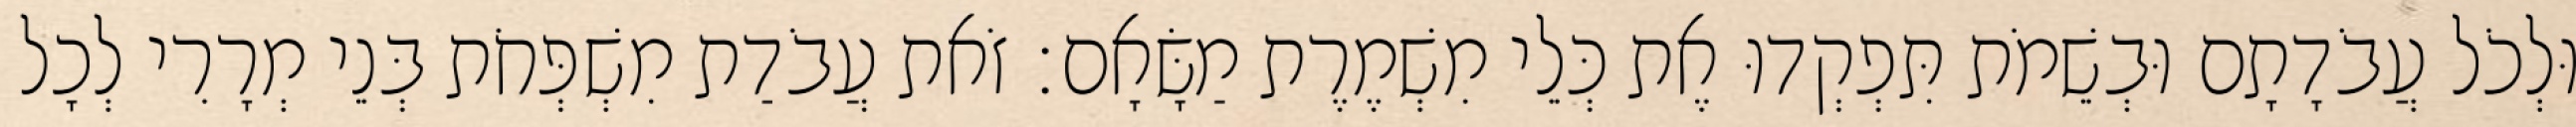
וּלְכֹל עֲבֹדָתָם וּבְשֵׁמֹת תִּפְקְדוּ אֶת כְּלֵי מִשְׁמֶרֶת מַשָּׂאָם׃ זֹאת עֲבֹדַת מִשְׁפְּחֹת בְּנֵי מְרָרִי לְכָל